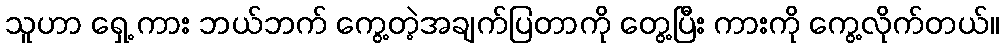
သူဟာ ရှေ့ ကား ဘယ်ဘက် ကွေ့တဲ့အချက်ပြတာကို တွေ့ပြီး ကားကို ကွေ့လိုက်တယ်။